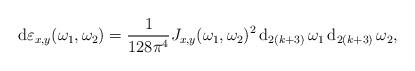
LaTeX: \begin{align*} \mathrm{d}\varepsilon_{x,y}(\omega_1,\omega_2) = \frac{1}{128 \pi^4} J_{x,y}(\omega_1,\omega_2)^2 \, \mathrm{d}_{2(k+3)} \, \omega_1 \, \mathrm{d}_{2(k+3)} \, \omega_2,\end{align*}